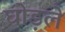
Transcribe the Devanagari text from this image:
घोड़ले